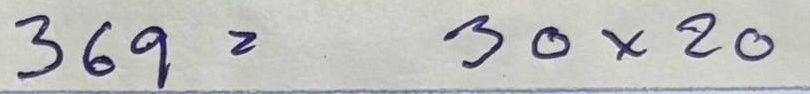
369 = 30x20